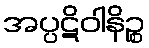
အပ္ပဋိဝါနိဉ္စ